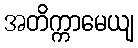
အတိက္ကာမေယျ